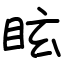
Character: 眩